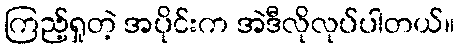
ကြည့်ရှုတဲ့ အပိုင်းက အဲဒီလိုလုပ်ပါတယ်။